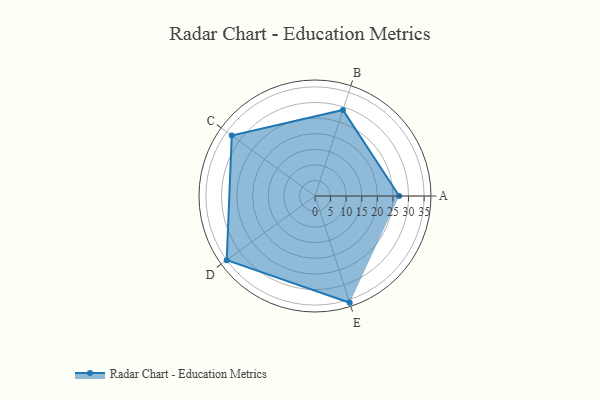
{"axis": {"x": "Skill", "y": "Score"}, "legend": ["Profile"], "data": [{"x": "A", "y": 27.0, "type": "Profile"}, {"x": "B", "y": 29.0, "type": "Profile"}, {"x": "C", "y": 33.0, "type": "Profile"}, {"x": "D", "y": 35.0, "type": "Profile"}, {"x": "E", "y": 36.0, "type": "Profile"}]}